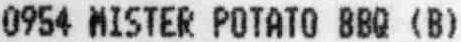
0954 MISTER POTATO BBQ (B)